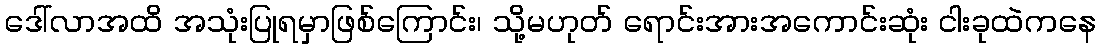
ဒေါ်လာအထိ အသုံးပြုရမှာဖြစ်ကြောင်း၊ သို့မဟုတ် ရောင်းအားအကောင်းဆုံး ငါးခုထဲကနေ